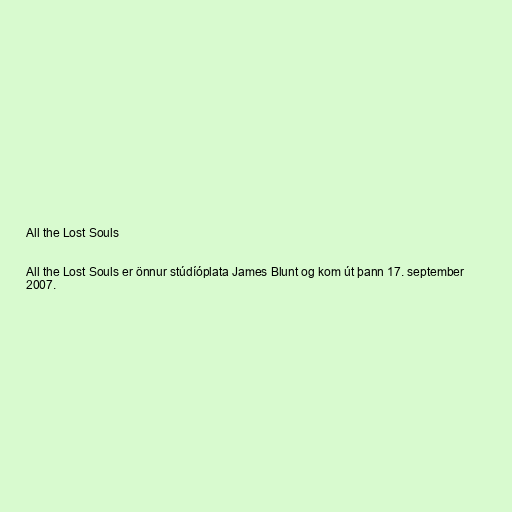
All the Lost Souls

All the Lost Souls er önnur stúdíóplata James Blunt og kom út þann 17. september
2007.